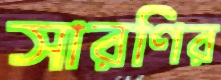
সারণির